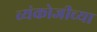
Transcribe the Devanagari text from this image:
व्यंकोजीच्या